Annual report of the Imperial Bacteriologist
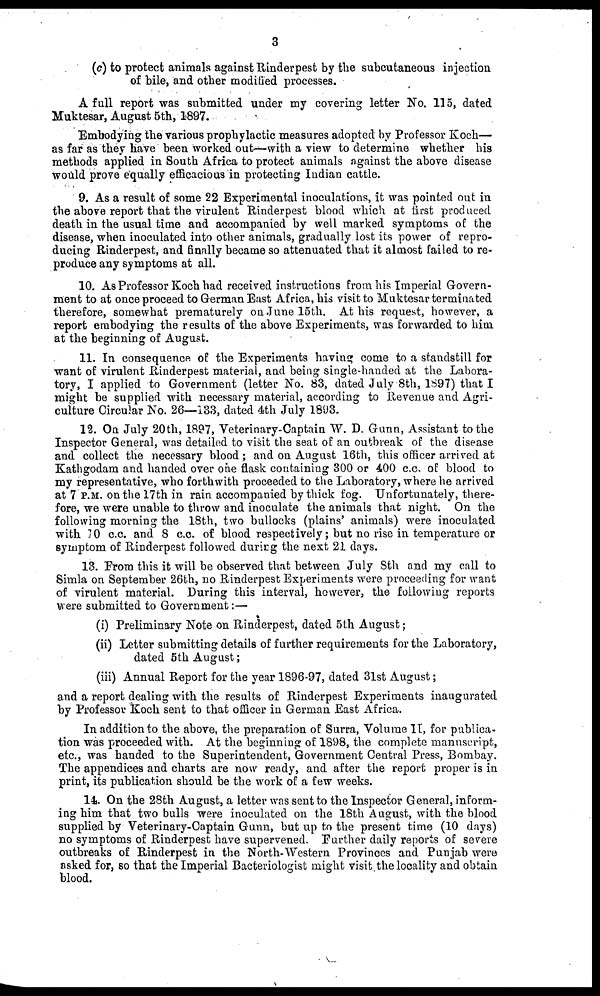
3
(c) to protect animals against Rinderpest by the subcutaneous injection
of bile, and other modified processes.
A full report was submitted under my covering letter No. 115, dated
Muktesar, August 5th, 1897.
Embodying the various prophylactic measures adopted by Professor Koch—
as far as they have been worked out—with a view to determine whether his
methods applied in South Africa to protect animals against the above disease
would prove equally efficacious in protecting Indian cattle.
9. As a result of some 22 Experimental inoculations, it was pointed out in
the above report that the virulent Rinderpest blood which at first produced
death in the usual time and accompanied by well marked symptoms of the
disease, when inoculated into other animals, gradually lost its power of repro-
ducing Rinderpest, and finally became so attenuated that it almost failed to re-
produce any symptoms at all.
10. As Professor Koch had received instructions from his Imperial Govern-
ment to at once proceed to German East Africa, his visit to Muktesar terminated
therefore, somewhat prematurely on June 15th. At his request, however, a
report embodying the results of the above Experiments, was forwarded to him
at the beginning of August.
11. In consequence of the Experiments having come to a standstill for
want of virulent Rinderpest material, and being single-handed at the Labora-
tory, I applied to Government (letter No. 83, dated July 8th, 1897) that I
might be supplied with necessary material, according to Revenue and Agri-
culture Circular No. 26—133, dated 4th July 1893.
12. On July 20th, 1897, Veterinary-Captain W. D. Gunn, Assistant to the
Inspector General, was detailed to visit the seat of an outbreak of the disease
and collect the necessary blood; and on August 16th, this officer arrived at
Kathgodam and handed over one flask containing 300 or 400 c.c. of blood to
my representative, who forthwith proceeded to the Laboratory, where he arrived
at 7 P.M. on the 17th in rain accompanied by thick fog. Unfortunately, there-
fore, we were unable to throw and inoculate the animals that night. On the
following morning the 18th, two bullocks (plains' animals) were inoculated
with 10 c.c. and 8 c.c. of blood respectively; but no rise in temperature or
symptom of Rinderpest followed durirg the next 21 days.
13. From this it will be observed that between July 8th and my call to
Simla on September 26th, no Rinderpest Experiments were proceeding for want
of virulent material. During this interval, however, the following reports
were submitted to Government:—
(i) Preliminary Note on Rinderpest, dated 5th August;
(ii) Letter submitting details of further requirements for the Laboratory,
dated 5th August;
(iii) Annual Report for the year 1896-97, dated 31st August;
and a report dealing with the results of Rinderpest Experiments inaugurated
by Professor Koch sent to that officer in German East Africa.
In addition to the above, the preparation of Surra, Volume II, for publica-
tion was proceeded with. At the beginning of 1898, the complete manuscript,
etc., was handed to the Superintendent, Government Central Press, Bombay.
The appendices and charts are now ready, and after the report proper is in
print, its publication should be the work of a few weeks.
14. On the 28th August, a letter was sent to the Inspector General, inform-
ing him that two bulls were inoculated on the 18th August, with the blood
supplied by Veterinary-Captain Gunn, but up to the present time (10 days)
no symptoms of Rinderpest have supervened. Further daily reports of severe
outbreaks of Rinderpest in the North-Western Provinces and Punjab were
asked for, so that the Imperial Bacteriologist might visit the locality and obtain
blood.